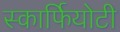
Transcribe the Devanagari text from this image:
स्कार्फियोटी